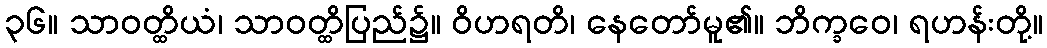
၃၆။ သာဝတ္ထိယံ၊ သာဝတ္ထိပြည်၌။ ဝိဟရတိ၊ နေတော်မူ၏။ ဘိက္ခဝေ၊ ရဟန်းတို့။